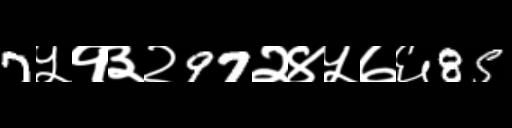
Text: 7५१३२97२४५७६85